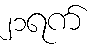
၂၁ရက်